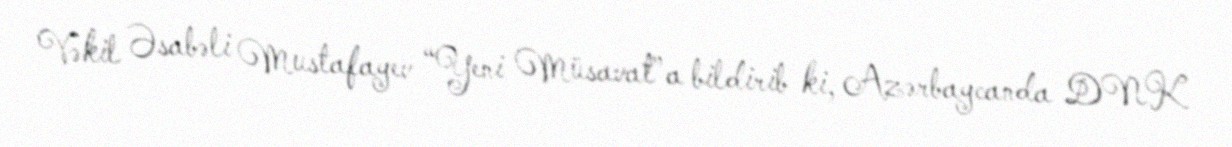
Vəkil Əsabəli Mustafayev “Yeni Müsavat”a bildirib ki, Azərbaycanda DNK